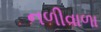
નળીવાળા